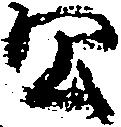
公